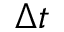
\Delta t